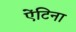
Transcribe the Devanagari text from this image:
ऐंटिना